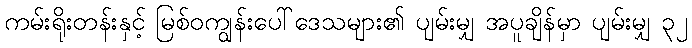
ကမ်းရိုးတန်းနှင့် မြစ်ဝကျွန်းပေါ်ဒေသများ၏ ပျမ်းမျှ အပူချိန်မှာ ပျမ်းမျှ ၃၂